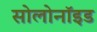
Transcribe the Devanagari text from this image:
सोलोनॉइड